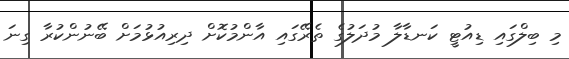
މި ބިލްގައި ޑިއުޓީ ކަނޑާލާ މުދަލުގެ ތެރޭގައި އާންމުކޮށް ދިރިއުޅުމަށް ބޭނުންކުރާ ގިނަ